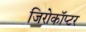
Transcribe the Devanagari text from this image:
जिरोकॉप्टर